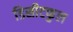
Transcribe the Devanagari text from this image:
डिसीटफुल